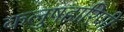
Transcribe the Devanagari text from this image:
कलुषहारिणी